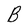
Character: B